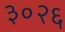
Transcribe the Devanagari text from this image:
३०२६